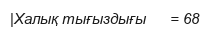
|Халық тығыздығы      = 68